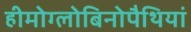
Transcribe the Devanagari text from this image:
हीमोग्लोबिनोपैथियां